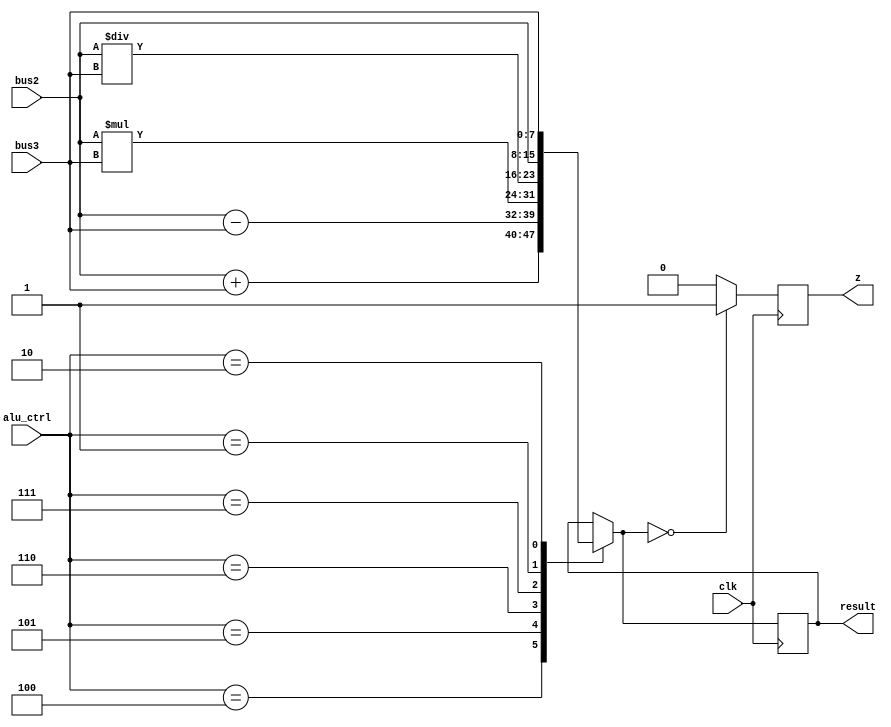
`timescale 1ns / 1ps
//////////////////////////////////////////////////////////////////////////////////
// Company: 
// Engineer: 
// 
// Design Name: 
// Module Name:    ALU16bit 
// Project Name: 
// Target Devices: 
// Tool versions: 
// Description: 
//
// Dependencies: 
//
// Revision: 
// Revision 0.01 - File Created
// Additional Comments: 
//
//////////////////////////////////////////////////////////////////////////////////
module ALU(
 input clk,
 input  [7:0] bus2, //src1
 input  [7:0] bus3,  //src2
 input  [2:0] alu_ctrl, //function sel
 
 output reg [7:0] result=0,  //result 
 output reg z=0
    );
 
	always @(negedge clk) begin
	 case(alu_ctrl)
	 3'b100: result = bus2 + bus3; // add
	 3'b101: result = bus2 - bus3; // sub
	 3'b110: result = bus2*bus3; //mul
	 3'b111: result = bus2/bus3; //div
	 3'b001: result = bus2;
	 3'b010: result = bus3;
	 endcase
	 
	 if(result==8'b0) 
	 z<=1; 
	 else 
	 z<=0;  end
endmodule